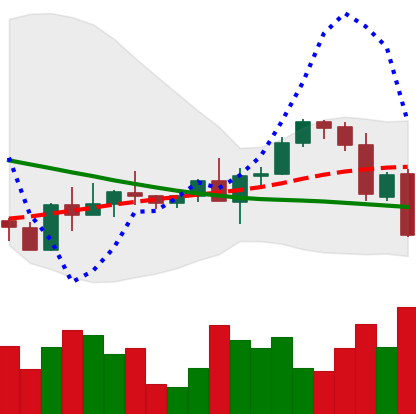
Ticker: ETH-USD
Chart end date: 2022-09-15
Forward return: -10.009%
Label: down_7plus